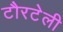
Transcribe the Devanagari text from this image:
टौरटेली